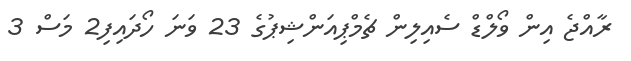
ރާއްޖެ އިން ވޯލްޑް ސެއިލިން ޗެމްޕިއަންޝިޕުގެ 23 ވަނަ ހޯދައިިފި2 މަސް 3